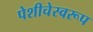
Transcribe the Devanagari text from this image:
पेशीचेस्वरूप